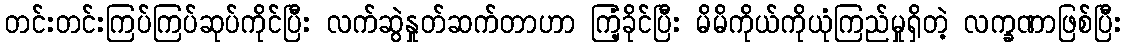
တင်းတင်းကြပ်ကြပ်ဆုပ်ကိုင်ပြီး လက်ဆွဲနှုတ်ဆက်တာဟာ ကြံ့ခိုင်ပြီး မိမိကိုယ်ကိုယုံကြည်မှုရှိတဲ့ လက္ခဏာဖြစ်ပြီး